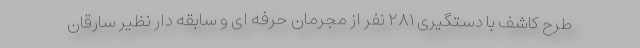
طرح کاشف با دستگیری ۲۸۱ نفر از مجرمان حرفه ای و سابقه دار نظیر سارقان